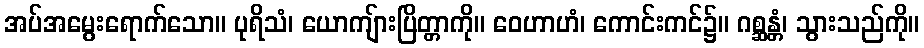
အပ်အမွေးရောက်သော။ ပုရိသံ၊ ယောကျ်ားပြိတ္တာကို။ ဝေဟာဟံ၊ ကောင်းကင်၌။ ဂစ္ဆန္တံ၊ သွားသည်ကို။